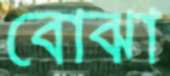
বোঝা